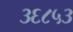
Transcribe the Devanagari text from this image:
३६८५३